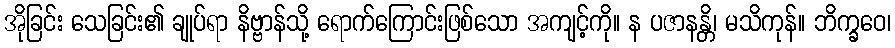
အိုခြင်း သေခြင်း၏ ချုပ်ရာ နိဗ္ဗာန်သို့ ရောက်ကြောင်းဖြစ်သော အကျင့်ကို။ န ပဇာနန္တိ၊ မသိကုန်။ ဘိက္ခဝေ၊